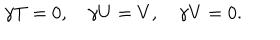
LaTeX: \gamma T = 0 , \quad \gamma U = V , \quad \gamma V = 0 .